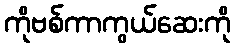
ကိုဗစ်ကာကွယ်ဆေးကို